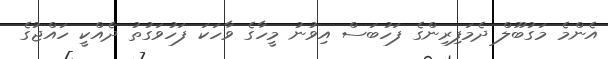
އެންމެ މަގުބޫލް ދެމަފިރިންގެ ފަހުބަސް އިވުނު މީހާގެ ވާހަކަ ފަހުވަގުތު ދެއްކީ ހައްޖުގެ